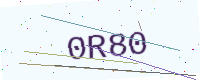
Text: 0R80